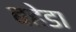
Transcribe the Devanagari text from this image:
बहेडा